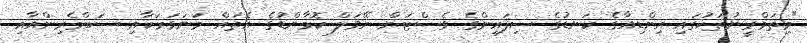
"މިތަމްރީނުތަކުގައި އިންޑިއާގެ ކަނޑުގެ ސިފައިންގެ ވެސްޓަން ނޭވަލް ކޮމާންޑުގެ އެތައް މަނަވަރަކާއި ސަބްމެރިންއާއި